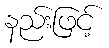
နည်းဖြင့်